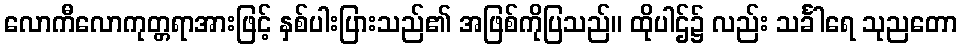
လောကီလောကုတ္တရာအားဖြင့် နှစ်ပါးပြားသည်၏ အဖြစ်ကိုပြသည်။ ထိုပါဌ်၌ လည်း သင်္ခါရေ သုညတော